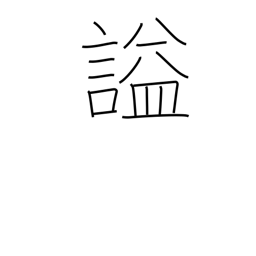
Meaning: laughing